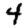
Digit: 4